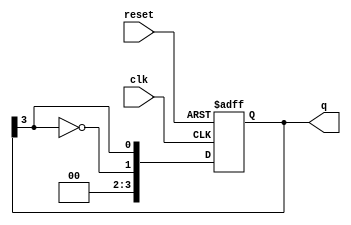
module johnson_counter #(
    parameter N = 4  // Number of flip-flops (can be changed as needed)
)(
    input wire clk,       // Clock input
    input wire reset,     // Asynchronous reset input
    output reg [N-1:0] q  // Counter output
);

    // Sequential logic for the Johnson counter
    always @(posedge clk or posedge reset) begin
        if (reset) begin
            // Reset the counter to 0
            q <= {N{1'b0}};  // Set all bits to 0
        end else begin
            // Johnson counter logic
            q <= {~q[N-1], q[N-1:N-1]};  // Shift right and feed back inverted last bit
        end
    end

endmodule